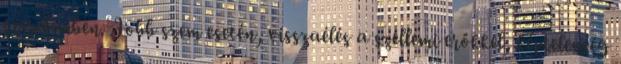
szerelemben. Jobb szem esetén, visszaélés a szellemi erőkkel, képtelenség